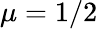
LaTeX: \mu=1/2